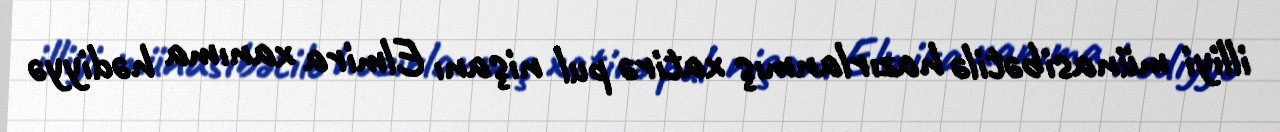
illiyi münasibətilə hazırlanmış xatirə pul nişanı Elmira xanıma hədiyyə